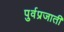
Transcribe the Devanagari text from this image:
पुर्वप्रजाती